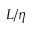
L / \eta